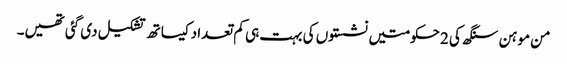
من موہن سنگھ کی 2 حکومتیں نشستوں کی بہت ہی کم تعداد کیساتھ تشکیل دی گئی تھیں۔